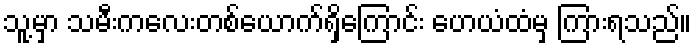
သူ့မှာ သမီးကလေးတစ်ယောက်ရှိကြောင်း ဟေယံထံမှ ကြားရသည်။